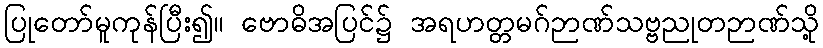
ပြုတော်မူကုန်ပြီး၍။ ဗောဓိအပြင်၌ အရဟတ္တမဂ်ဉာဏ်သဗ္ဗညုတဉာဏ်သို့